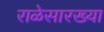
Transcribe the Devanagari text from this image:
राळेसारख्या